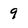
Character: 9